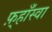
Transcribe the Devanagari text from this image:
फ़्हाँस्वा